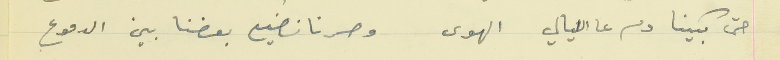
حتى بكينا دم عا الليالي الهوى                     وصرنا نضيع بعضنا بين الدموع